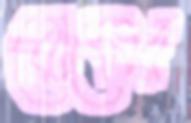
রোমের